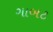
ગાબટ